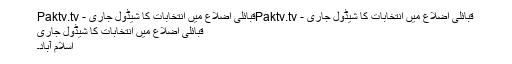
قبائلی اضلاع میں انتخابات کا شیڈول جاری - Paktv.tvقبائلی اضلاع میں انتخابات کا شیڈول جاری - Paktv.tv
قبائلی اضلاع میں انتخابات کا شیڈول جاری
اسلام آباد۔